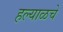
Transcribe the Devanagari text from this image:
हल्याळचे